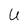
Character: U